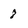
Character: 8